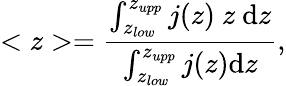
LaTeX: <z>=\frac{\int_{z_{low}}^{z_{upp}}j(z)~z~\mathrm{d}z}{\int_{z_{low}}^{z_{upp}}j(z)\mathrm{d}z},